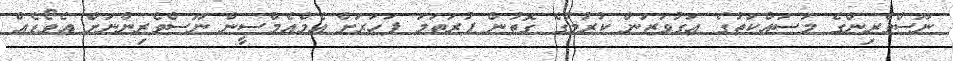
ނޫސްވެރިންގެ މަސައްކަތުގެ އަގުވަޒަން ކުރުމުގެ ގޮތުން ފުރަތަމަ ފަހަރަށް އެމްއެމްސީން ނޫސްވެރިންނަށް އެވޯޑެއް